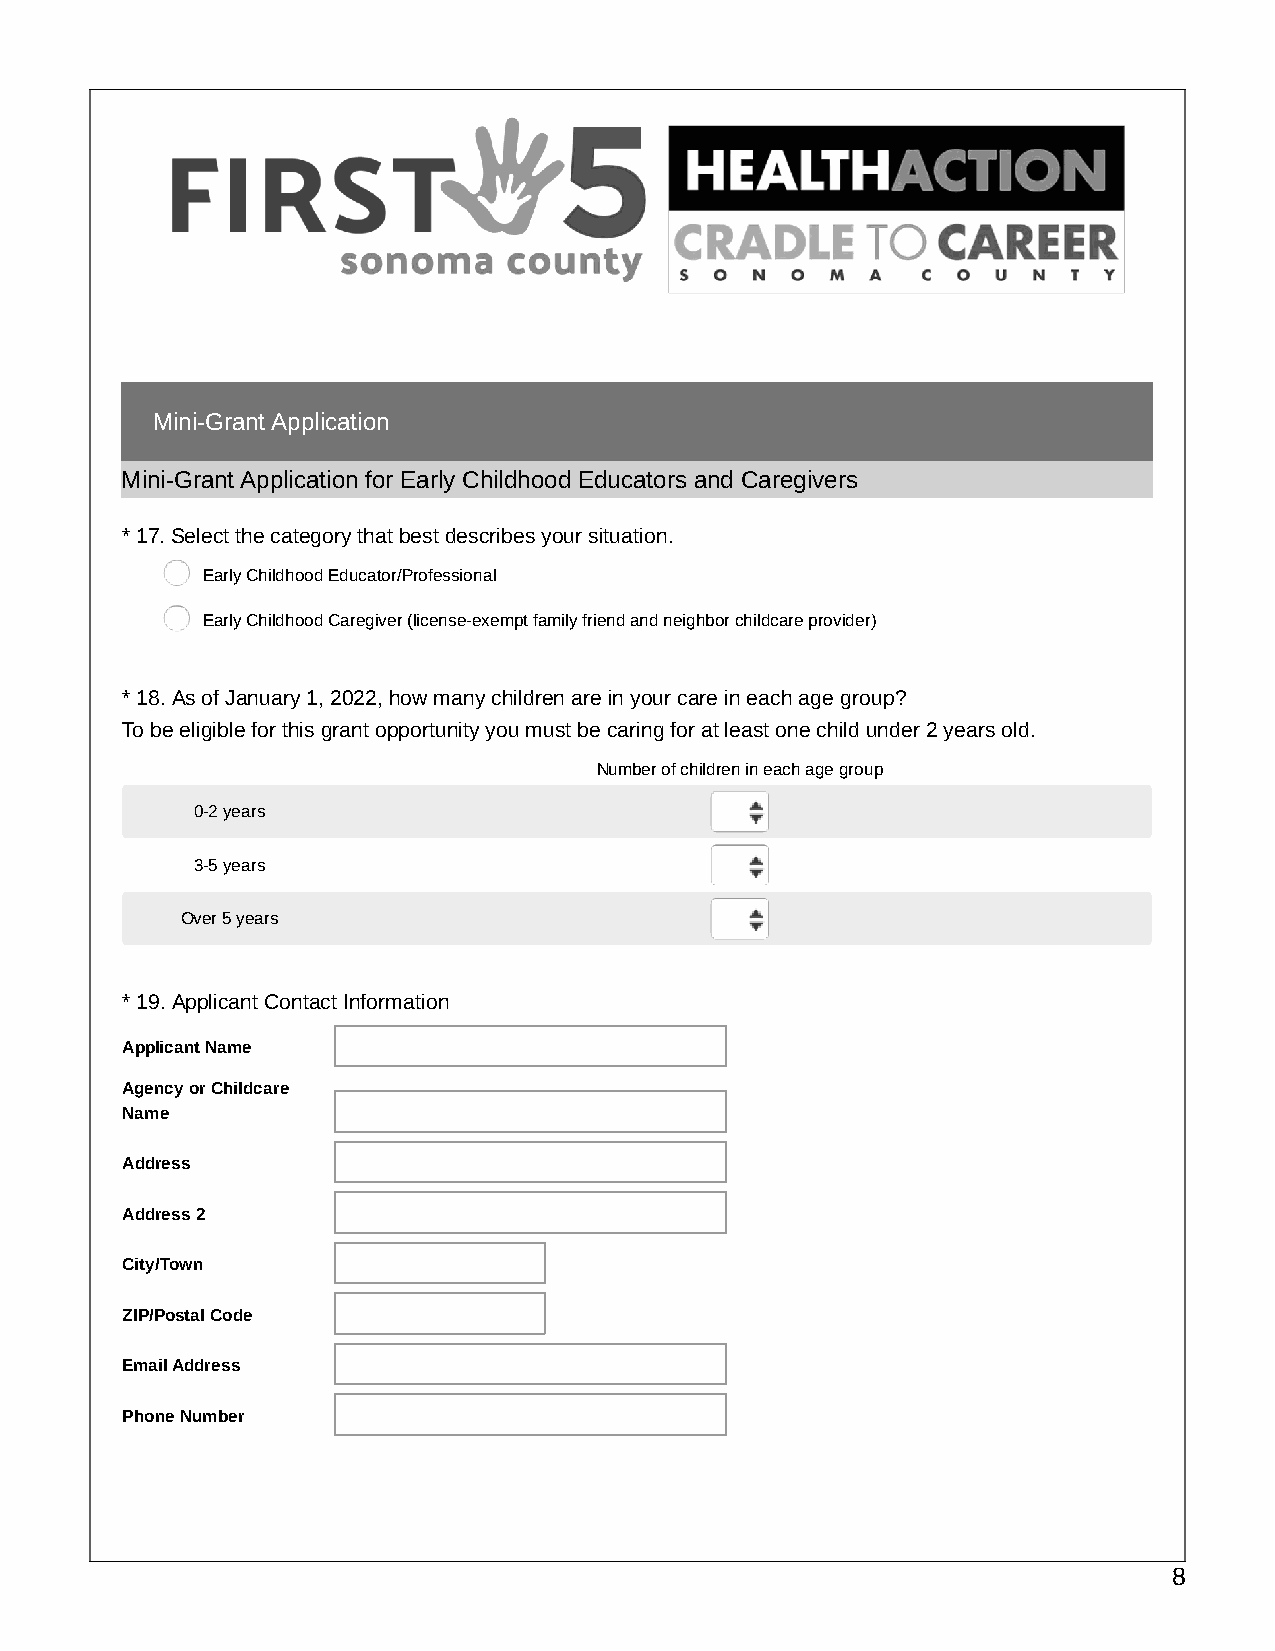
Mini-Grant Application
 Mini-Grant Application for Early Childhood Educators and Caregivers
 *17. Select the category that best describes your situation.
 Early Childhood Educator/Professional
 Early Childhood Caregiver (license-exempt family friend and neighbor childcare provider)
 *18. As of January 1, 2022, how many children are in your care in each age group?
 To be eligible for this grant opportunity you must be caring for at least one child under 2 years old.
 Number of children in each age group
 0-2 years
 3-5 years
 Over 5 years
 *19. Applicant Contact Information
 Applicant Name
 Agency or Childcare
 Name
 Address
 Address 2
 City/Town
 ZIP/Postal Code
 Email Address
 Phone Number
 8